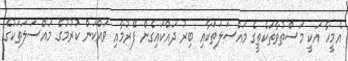
އެމީހާ އަކީ މަސްތުވާތަކެތީގެ މައްސަލަތަކާއި ބިރު ދައްކައިގެން ފޭރުމާއި ވައްކަން ކުރުމުގެ މައްސަލަތަކުގެ